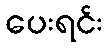
ပေးရင်း